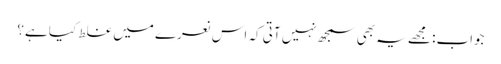
جواب: مجھے یہ بھی سمجھ نہیں آتی کہ اس نعرے میں غلط کیا ہے؟